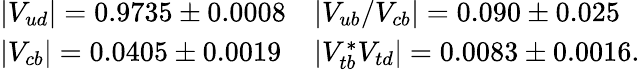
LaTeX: \begin{array}{ll}{{|V_{ud}|=0.9735\pm 0.0008}}&{{|V_{ub}/V_{cb}|=0.090\pm 0.025}}\\ {{|V_{cb}|=0.0405\pm 0.0019}}&{{|V_{tb}^{*}V_{td}|=0.0083\pm 0.0016.}}\end{array}